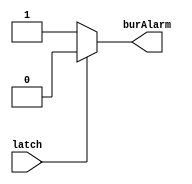
module BurAla (input latch, output reg burAlarm);
always @(*) begin //triggers whenever 'latch' changes
    if(~latch == 1'b1)
    begin
        burAlarm <= 1'b1; // If 'latch' broken, indicating a certain condition, set 'burAlarm' to '1'.
    end
    else begin 
        burAlarm <= 1'b0;// If 'latch' is not broken,set 'burAlarm' to '0'.
    end
end
endmodule